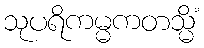
သုပရိကမ္မကတသ္မိံ